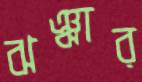
ঝঞ্ঝার